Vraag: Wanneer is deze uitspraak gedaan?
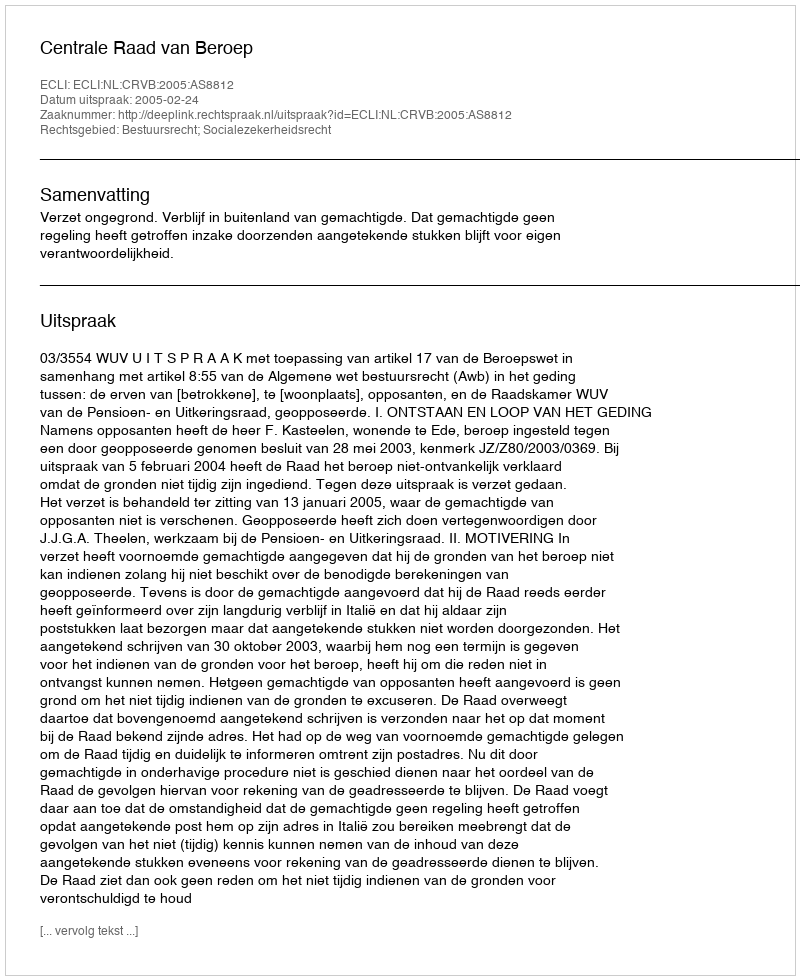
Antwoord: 2005-02-24